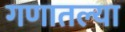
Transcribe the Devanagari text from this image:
गणातल्या